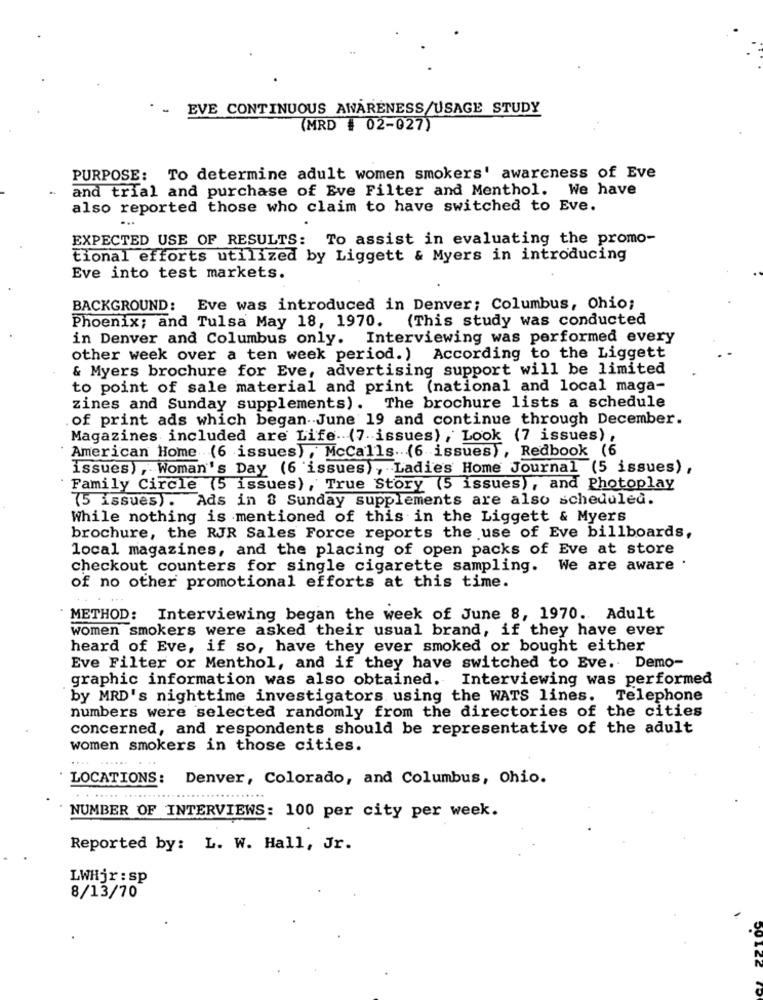
EVE CONTINUOUS AWARENESS/USAGE STUDY
(MRD # 02-027)
PURPOSE: To determine adult women smokers' awareness of Eve
-
and trial and purchase of Eve Filter and Menthol. We have
also reported those who claim to have switched to Eve.
EXPECTED USE OF RESULTS:
To assist in evaluating the promo-
tional efforts utilized by Liggett & Myers in introducing
Eve into test markets.
BACKGROUND:
Eve was introduced in Denver; Columbus, Ohio;
Phoenix; and Tulsa May 18, 1970.
(This study was conducted
in Denver and Columbus only. Interviewing was performed every
other week over a ten week period. ) According to the Liggett
& Myers brochure for Eve, advertising support will be limited
to point of sale material and print (national and local maga-
zines and Sunday supplements). The brochure lists a schedule
of print ads which began June 19 and continue through December.
Magazines included are Life (7 issues) , Look (7 issues) ,
American Home (6 issues) , McCalls .. . (6 issues), Redbook (6
issues), Woman's Day (6 issues), Ladies Home Journal (5 issues),
Family Circle (5 issues), True Story (5 issues), and Photoplay
(5 issues). Ads in & Sunday supplements are also scheduled.
While nothing is mentioned of this in the Liggett & Myers
brochure, the RJR Sales Force reports the use of Eve billboards,
local magazines, and the placing of open packs of Eve at store
checkout counters for single cigarette sampling. We are aware .
of no other promotional efforts at this time.
METHOD: Interviewing began the week of June 8, 1970. Adult
women smokers were asked their usual brand, if they have ever
heard of Eve, if so, have they ever smoked or bought either
Eve Filter or Menthol, and if they have switched to Eve. Demo-
graphic information was also obtained. Interviewing was performed
by MRD's nighttime investigators using the WATS lines.
Telephone
numbers were selected randomly from the directories of the cities
concerned, and respondents should be representative of the adult
women smokers in those cities.
LOCATIONS: Denver, Colorado, and Columbus, Ohio.
. . ..... .........
NUMBER OF INTERVIEWS: 100 per city per week.
Reported by: L. W. Hall, Jr.
LWHjr : sp
8/13/70